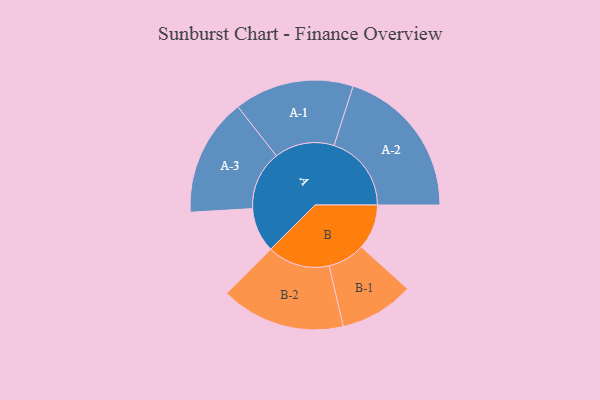
{"axis": {"x": "Segment", "y": "Value"}, "legend": ["", "A", "B"], "data": [{"x": "A", "y": 163, "type": ""}, {"x": "B", "y": 165, "type": ""}, {"x": "A-1", "y": 219, "type": "A"}, {"x": "A-2", "y": 283, "type": "A"}, {"x": "A-3", "y": 216, "type": "A"}, {"x": "B-1", "y": 136, "type": "B"}, {"x": "B-2", "y": 228, "type": "B"}]}